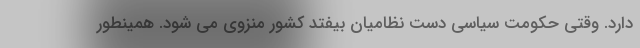
دارد. وقتی حکومت سیاسی دست نظامیان بیفتد کشور منزوی می شود. همینطور